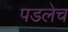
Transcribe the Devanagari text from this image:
पडलेच